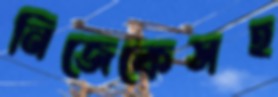
নিজেকেসহ